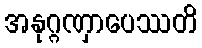
အနုဂ္ဂဏှာပေဿတိ